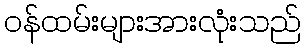
ဝန်ထမ်းများအားလုံးသည်